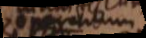
operculum